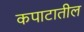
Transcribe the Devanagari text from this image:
कपाटातील